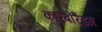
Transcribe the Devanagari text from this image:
कारबोरैंडम